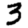
Digit: 3